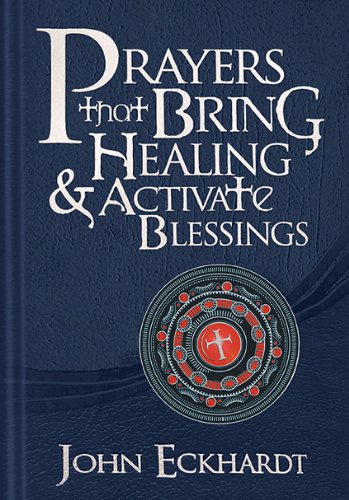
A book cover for Prayers that Bring Healing and Activate Blessings: Experience the protection, power, and favor of God (Prayers for Spiritual Battle); John Eckhardt; Christian Books & Bibles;